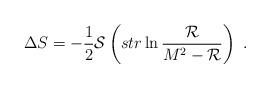
LaTeX: \begin{align*}\Delta S=-\frac{1}{2}{\cal S}\left( str \ln \frac{{\cal R}}{M^2-{\cal R}}\right) \ .\end{align*}